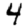
Digit: 4